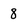
Character: 8